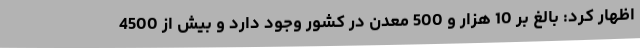
اظهار کرد: بالغ بر 10 هزار و 500 معدن در کشور وجود دارد و بیش از 4500